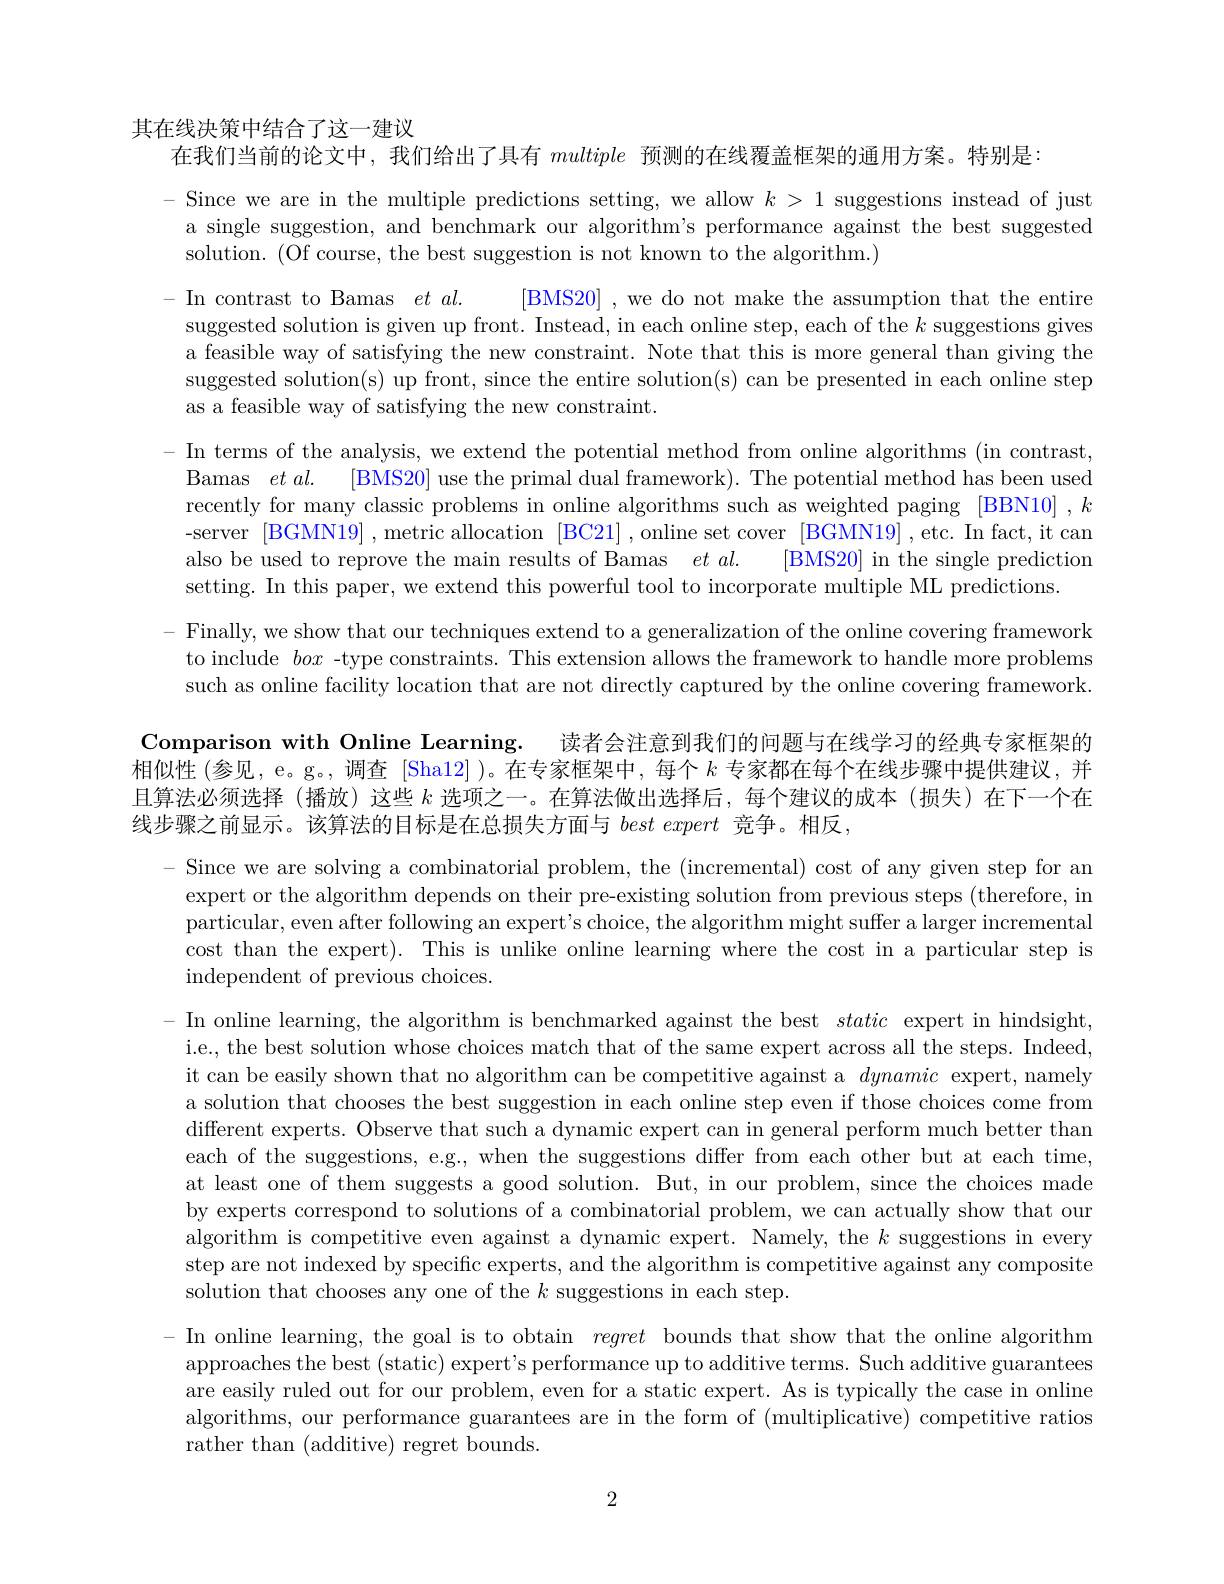
其在线决策中结合了这一建议

在我们当前的论文中，我们给出了具有multiple预测的在线覆盖框架的通用方案。特别是：

Since we are in the multiple predictions setting, we allow $k>1$ suggestions instead of just a single suggestion, and benchmark our algorithm's performance against the best suggested solution. (Of course, the best suggestion is not known to the algorithm.)
- In contrast to Bamas $et\textit{al. }$ [BMS20] , we do not make the assumption that the entire suggested solution is given up front. Instead, in each online step, each of the $k$ suggestions gives a feasible way of satisfying the new constraint. Note that this is more general than giving the suggested solution(s) up front, since the entire solution(s) can be presented in each online step as a feasible way of satisfying the new constraint.
- In terms of the analysis, we extend the potential method from online algorithms (in contrast, Bamas $etal.$ [BMS20] use the primal dual framework). The potential method has been used recently for many classic problems in online algorithms such as weighted paging [BBN10] , k -server [BGMN19] ,metric allocation [BC21] ,online set cover [BGMN19] ,etc. In fact, it can also be used to reprove the main results of Bamas $et\textit{al}.$
[BMS20] in the single prediction
setting. In this paper, we extend this powerful tool to incorporate multiple ML predictions.
Finally, we show that our techniques extend to a generalization of the online covering framework to include box -type constraints. This extension allows the framework to handle more problems such as online facility location that are not directly captured by the online covering framework
Comparison with Online Learning. 读者会注意到我们的问题与在线学习的经典专家框架的

相似性(参见，e。g。,调查 [Sha12] )。在专家框架中，每个$k$专家都在每个在线步骤中提供建议，并且算法必须选择 (播放)这些$k$选项之一。在算法做出选择后，每个建议的成本(损失)在下一个在线步骤之前显示。该算法的目标是在总损失方面与$best\textit{ expert 竞 争 。相 反 }$,

Since we are solving a combinatorial problem, the (incremental) cost of any given step for an expert or the algorithm depends on their pre-existing solution from previous steps (therefore, in particular, even after following an expert's choice, the algorithm might suffer a larger incremental cost than the expert). This is unlike online learning where the cost in a particular step is independent of previous choices.

- In online learning, the algorithm is benchmarked against the best static expert in hindsight, i.e., the best solution whose choices match that of the same expert across all the steps. Indeed, it can be easily shown that no algorithm can be competitive against a dynamic expert, namely a solution that chooses the best suggestion in each online step even if those choices come from different experts. Observe that such a dynamic expert can in general perform much better than each of the suggestions, e.g., when the suggestions differ from each other but at each time, at least one of them suggests a good solution. But, in our problem, since the choices made by experts correspond to solutions of a combinatorial problem, we can actually show that our algorithm is competitive even against a dynamic expert. Namely, the $k$ suggestions in every step are not indexed by specific experts, and the algorithm is competitive against any composite solution that chooses any one of the $k$ suggestions in each step.

- In online learning, the goal is to obtain regret bounds that show that the online algorithm approaches the best (static) expert's performance up to additive terms. Such additive guarantees are easily ruled out for our problem, even for a static expert. As is typically the case in online algorithms, our performance guarantees are in the form of (multiplicative) competitive ratios rather than (additive) regret bounds.

2